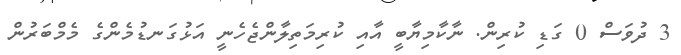
3 ދުވަސް 0 ގަޑި ކުރިން. ނާކާމިޔާބީ އާއި ކުރިމަތިލާންޖެހެނީ އަޅުގަނޑުމެންގެ މެމްބަރުން